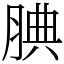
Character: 腆